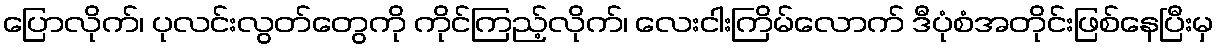
ပြောလိုက်၊ ပုလင်းလွတ်တွေကို ကိုင်ကြည့်လိုက်၊ လေးငါးကြိမ်လောက် ဒီပုံစံအတိုင်းဖြစ်နေပြီးမှ